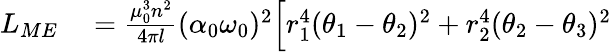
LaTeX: \begin{array}{rl}{L_{ME}}&{{}=\frac{\mu_{0}^{3}n^{2}}{4\pi l}(\alpha_{0}\omega_{0})^{2}\Big[r_{1}^{4}(\theta_{1}-\theta_{2})^{2}+r_{2}^{4}(\theta_{2}-\theta_{3})^{2}}\end{array}